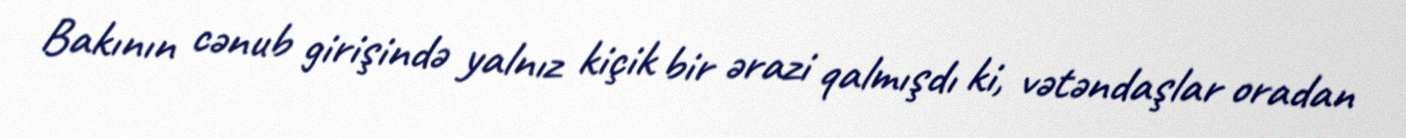
Bakının cənub girişində yalnız kiçik bir ərazi qalmışdı ki, vətəndaşlar oradan